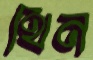
থিন